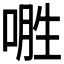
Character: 𱓢